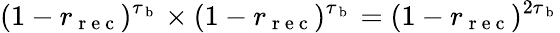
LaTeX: (1-r_{\mathrm{~r~e~c~}})^{\tau_{\mathrm{~b~}}}\times(1-r_{\mathrm{~r~e~c~}})^{\tau_{\mathrm{~b~}}}=(1-r_{\mathrm{~r~e~c~}})^{2\tau_{\mathrm{~b~}}}